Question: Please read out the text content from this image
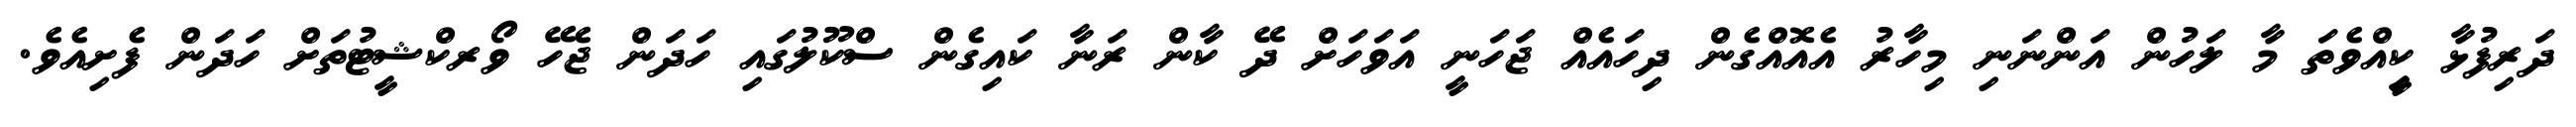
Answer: ދަރިފުޅާ ކިީއްވެތަ މާ ލަހުން އަންނަނި މިހާރު އެއޮއްގެން ދިހައެއް ޖަހަނީ އަވަހަށް ދޭ ކާން ރަނާ ކައިގެން ސްކޫލުގައި ހަދަން ޖެހޭ ވޯރކްޝީޓުތަށް ހަދަން ފެށިއެވެ.